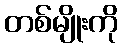
တစ်မျိုးကို